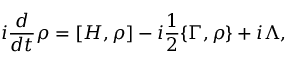
i \frac { d } { d t } \rho = [ H , \rho ] - i \frac { 1 } { 2 } \{ \Gamma , \rho \} + i \Lambda ,